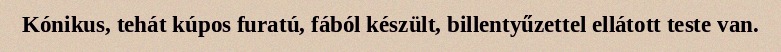
Kónikus, tehát kúpos furatú, fából készült, billentyűzettel ellátott teste van.